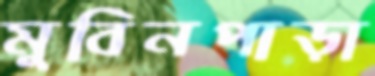
মুবিনপাড়া